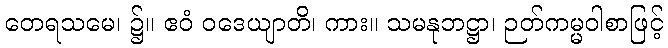
တေရသမေ၊ ၌။ ဧဝံ ဝဒေယျာတိ၊ ကား။ သမနုဘဋ္ဌာ၊ ဉတ်ကမ္မဝါစာဖြင့်